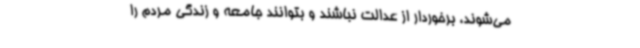
می‌شوند، برخوردار از عدالت نباشند و بتوانند جامعه و زندگی مردم را